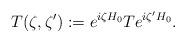
LaTeX: \begin{align*}T(\zeta,\zeta'):=e^{i\zeta H_0}Te^{i\zeta'H_0}.\end{align*}